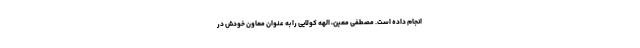
انجام داده است. مصطفی معین، الهه کولایی را به عنوان معاون خودش در